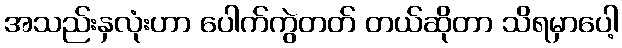
အသည်းနှလုံးဟာ ပေါက်ကွဲတတ် တယ်ဆိုတာ သိရမှာပေါ့